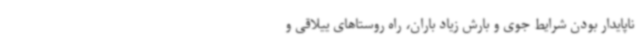
ناپایدار بودن شرایط جوی و بارش زیاد باران، راه روستاهای ییلاقی و